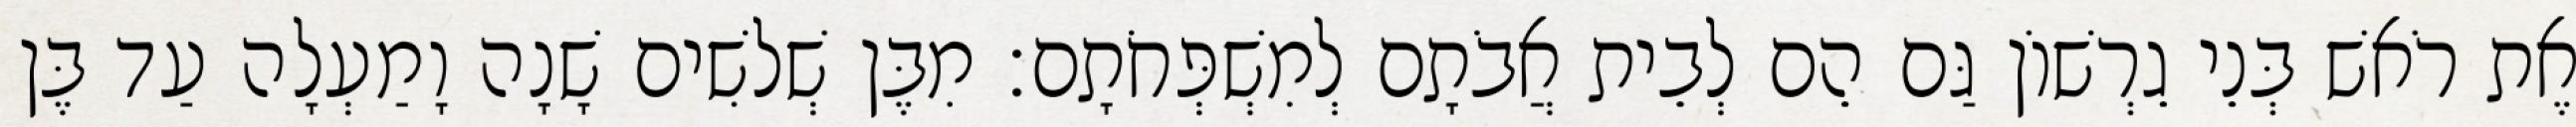
אֶת רֹאשׁ בְּנֵי גֵרְשׁוֹן גַּם הֵם לְבֵית אֲבֹתָם לְמִשְׁפְּחֹתָם׃ מִבֶּן שְׁלשִׁים שָׁנָה וָמַעְלָה עַד בֶּן